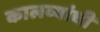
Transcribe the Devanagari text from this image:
कालव्यांची